system: You are a helpful assistant.
user:
Analyze the provided spectrum to determine if it is a **M-type Giant (gM)**.

A M-type Giant spectrum is defined by its **strong molecular absorption** features, particularly from **Titanium Oxide (TiO)**. You must check for one of the following mutually exclusive signatures:

- **Key Visual Indicators (Absorption-Dominated Spectrum):**

    - **(Primary):** The spectrum is dominated by strong molecular absorption from **Titanium Oxide (TiO)**. This is the **defining feature** of its M-type temperature class.
        - **(Key Bandheads):** Look for sharp, "saw-tooth" absorption valleys. The strongest are located near **~7050 Å**, **~6160 Å**, and **~5170 Å**.
        - **(Line Profile):** The "saw-tooth" morphology is critical: a **sharp, steep drop on the BLUE (short-wavelength) side** of the bandhead, followed by a gradual recovery (rising flux) towards the RED (long-wavelength) side.

    - **(Key Confirmation - Giant vs. Dwarf):** **ABSENCE** of strong **Calcium Hydride (CaH)** molecular bands. This is the primary diagnostic for *excluding* M-dwarfs.
        - **(Key Region):** The spectrum should lack the strong, broad absorption band seen in dwarfs between **~6800 Å and ~7000 Å**.

    - **(Secondary Confirmation - Giant):** A very strong and broad **Neutral Calcium (Ca I)** atomic absorption line.
        - **(Key Line):** Located at **~4226 Å**. In a giant (gM), this line is significantly deeper and broader than the same line in an M-dwarf (dM) due to low surface gravity.

    - **(Overall Spectrum):**
        - The continuum is **extremely red-sloping** (i.e., flux is very low in the blue and rises dramatically towards the red).
        - The entire spectrum appears "chopped up" by the deep TiO bands.

Think first, call **spectral_visualization_tool** if needed to examine features in detail, then provide your final answer. Your response must adhere to the following strict rules:
1.  **Overall Structure:** Your response must follow the format `<think>...</think> <tool_call>...</tool_call> (if a tool is used) <answer>...</answer>`.
2.  **Tool Usage Constraint:** You may only make **one** tool call per turn.
3.  **Final Answer Format:** In the `<answer>` tag, your conclusion must be inside a `\boxed{}` command (e.g., `\boxed{YES}` or `\boxed{NO}`), followed by your justification.

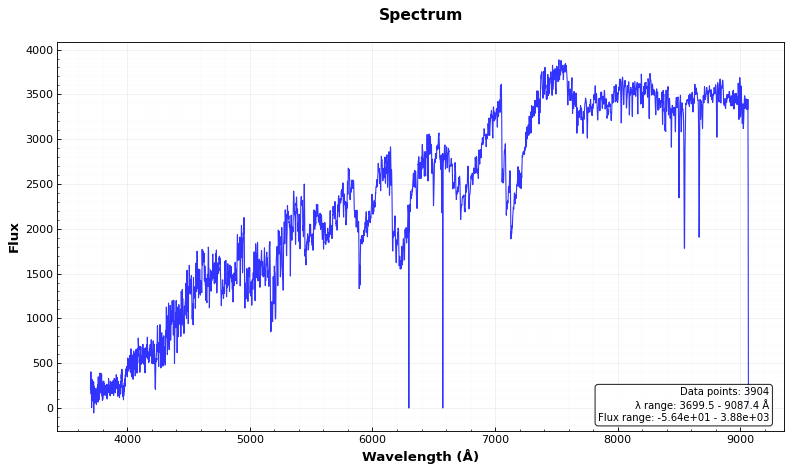
Answer: YES